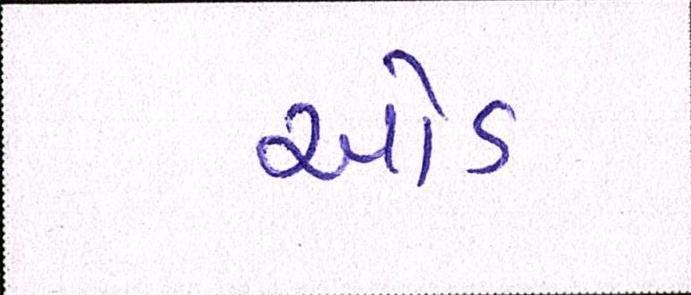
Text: ઓડ